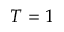
T = 1